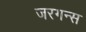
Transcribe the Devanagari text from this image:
जरगन्स